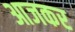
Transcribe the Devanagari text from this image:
आजकर